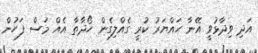
އަދި ވިދާޅުވީ އޭނާ ހައްޔަރު ކުރީ ގެއްލިގެން ހޯދާތާ އެއް މަސް ފަހުން